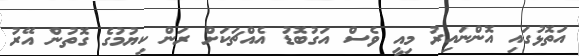
އަތޮޅުގައި އޮންނައިރު މިއީ ވެސް އަގުބޮޑު އެއްޗަކަށް ރަން ކިޔުމުގެ ގޮތުން އޭރު